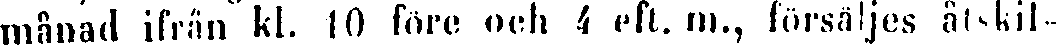
månad ifrån kl. 10 före och i eft. m., försäljes ätskil-